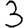
Digit: 3